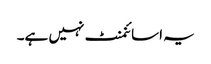
یہ اسائنمنٹ نہیں ہے۔